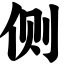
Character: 侧